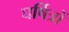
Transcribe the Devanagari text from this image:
घर्षित्रों